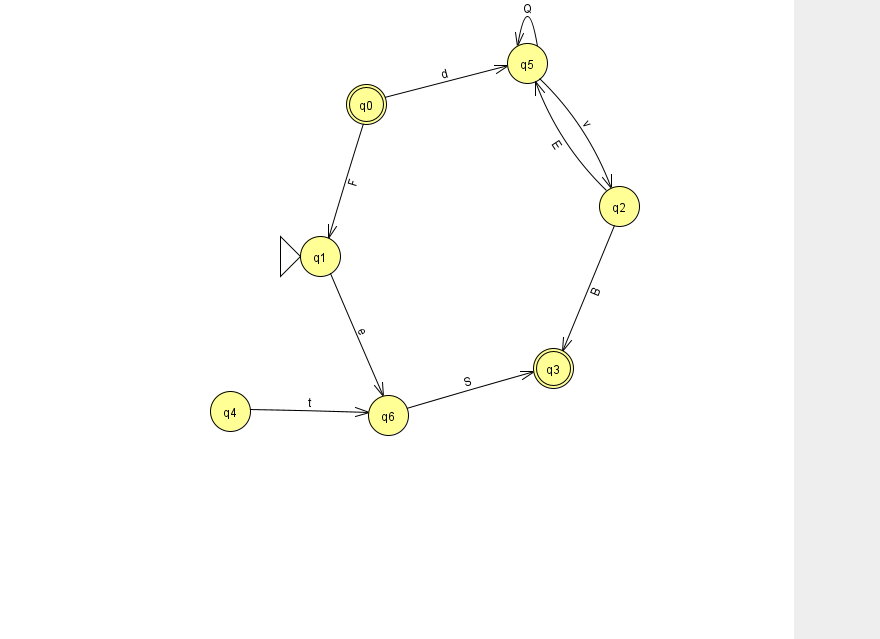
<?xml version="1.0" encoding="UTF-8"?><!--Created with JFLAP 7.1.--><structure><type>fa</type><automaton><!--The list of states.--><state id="0" name="q0"><x>366.0</x><y>91.0</y><final/></state><state id="1" name="q1"><x>320.0</x><y>243.0</y><initial/></state><state id="2" name="q2"><x>619.0</x><y>193.0</y></state><state id="3" name="q3"><x>553.0</x><y>355.0</y><final/></state><state id="4" name="q4"><x>230.0</x><y>398.0</y></state><state id="5" name="q5"><x>527.0</x><y>50.0</y></state><state id="6" name="q6"><x>388.0</x><y>402.0</y></state><!--The list of transitions.--><transition><from>1</from><to>6</to><read>e</read></transition><transition><from>5</from><to>5</to><read>Q</read></transition><transition><from>6</from><to>3</to><read>S</read></transition><transition><from>0</from><to>1</to><read>F</read></transition><transition><from>2</from><to>3</to><read>B</read></transition><transition><from>5</from><to>2</to><read>v</read></transition><transition><from>0</from><to>5</to><read>d</read></transition><transition><from>2</from><to>5</to><read>E</read></transition><transition><from>4</from><to>6</to><read>t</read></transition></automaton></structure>